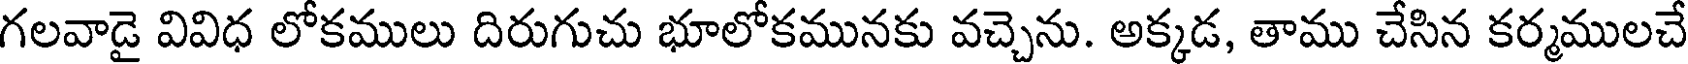
గలవాడై వివిధ లోకములు దిరుగుచు భూలోకమునకు వచ్చెను. అక్కడ, తాము చేసిన కర్మములచే